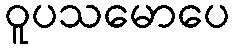
ဝူပသမောပေ